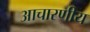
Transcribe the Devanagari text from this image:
आचारणीय